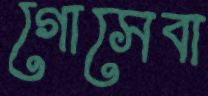
গোসেবা